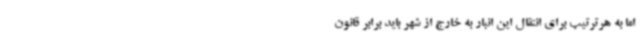
اما به هرترتیب برای انتقال این انبار به خارج از شهر باید برابر قانون